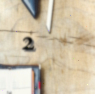
2